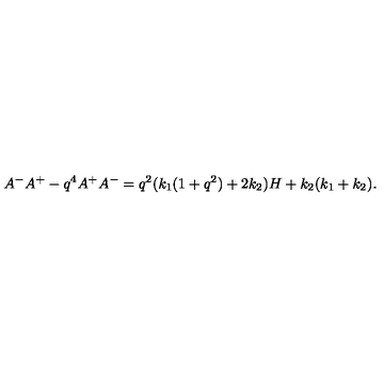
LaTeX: A ^ { - } A ^ { + } - q ^ { 4 } A ^ { + } A ^ { - } = q ^ { 2 } ( k _ { 1 } ( 1 + q ^ { 2 } ) + 2 k _ { 2 } ) H + k _ { 2 } ( k _ { 1 } + k _ { 2 } ) .